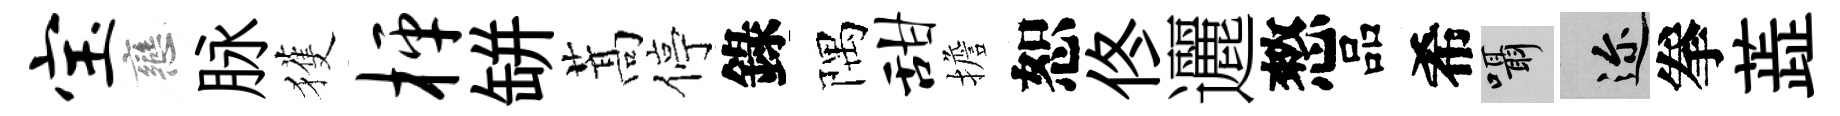
宝戀脉獲枰缾蒿停錄隅甜擔恕佟邐憗品希囁邇拳蕋